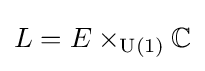
L=E\times _{\operatorname {U} (1)}\mathbb {C}